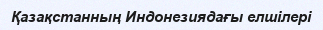
Қазақстанның Индонезиядағы елшілері